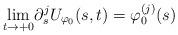
LaTeX: \begin{align*}\underset{t\rightarrow +0}\lim \partial_s^j U_{\varphi_0}(s,t)=\varphi_0^{(j)} (s) \end{align*}